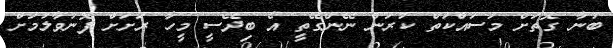
ބުނާ ގޮތަށް މަސައްކަތް ކުރަން ނޭންގޭތީ އެ ބިދޭސީ މީހާ ރަށަށް ފޮނުވާލުމަށް